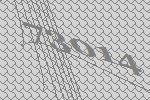
73014